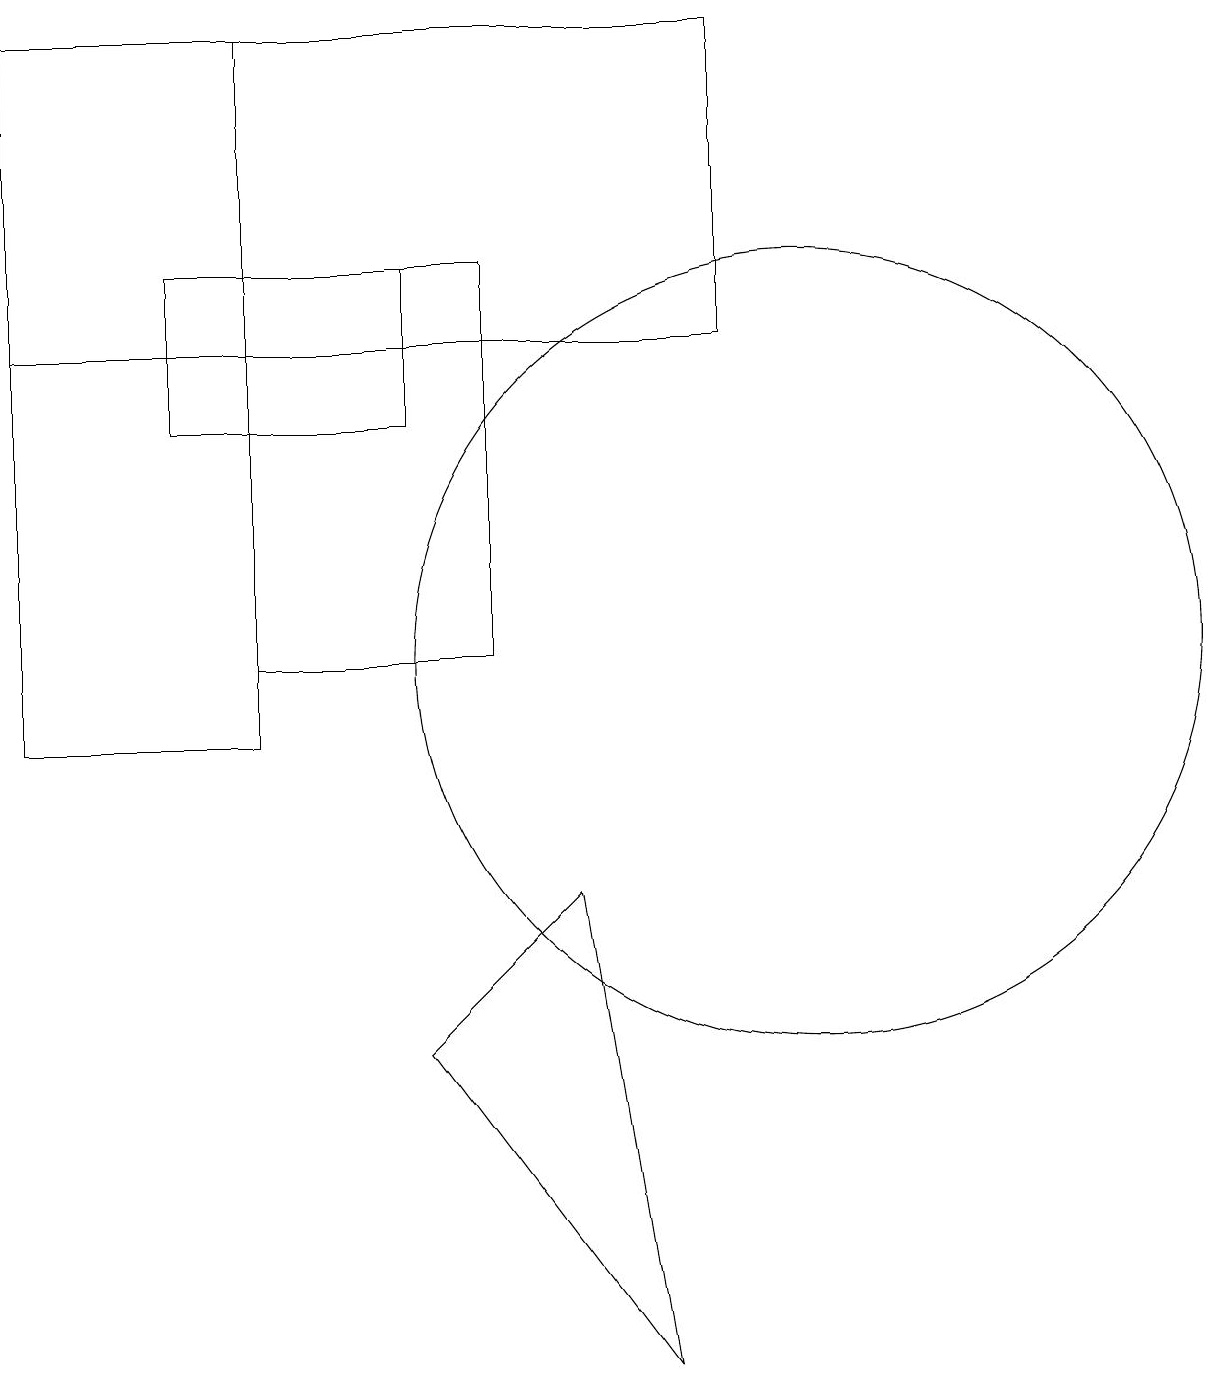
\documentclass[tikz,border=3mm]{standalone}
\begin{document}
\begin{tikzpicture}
\draw (0,19) rectangle (9,15);
\draw (0,10) rectangle (3,19);
\draw (3,16) rectangle (6,11);
\draw (7,8) -- (8,2) -- (5,6) -- cycle;
\draw (10,11) circle (5);
\draw (2,16) rectangle (5,14);
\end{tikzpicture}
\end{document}